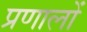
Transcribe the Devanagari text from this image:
प्रणालों